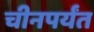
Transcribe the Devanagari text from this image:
चीनपर्यंत